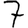
Digit: 7